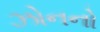
ઝોનનો